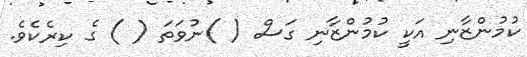
ކުމުންޒާނި އަކީ ކުމުންޒާނި ގަސް ( )ނުވަތަ ( ) ގެ ކިރެކެވެ.